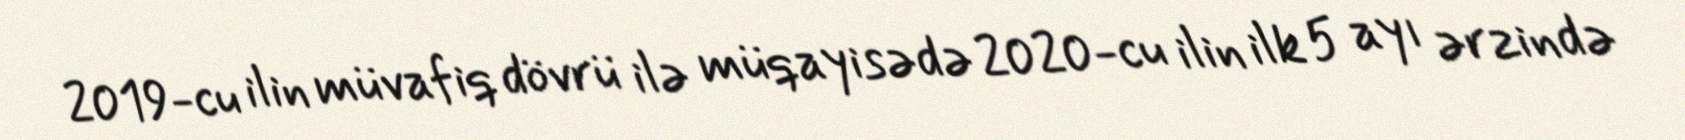
2019-cu ilin müvafiq dövrü ilə müqayisədə 2020-cu ilin ilk 5 ayı ərzində